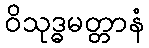
ဝိသုဒ္ဓမတ္တာနံ